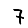
Digit: 7